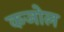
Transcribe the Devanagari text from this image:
कजोल